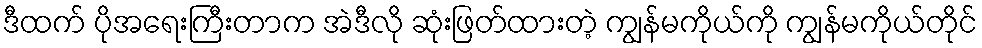
ဒီထက် ပိုအရေးကြီးတာက အဲဒီလို ဆုံးဖြတ်ထားတဲ့ ကျွန်မကိုယ်ကို ကျွန်မကိုယ်တိုင်